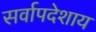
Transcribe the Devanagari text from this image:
सर्वापदेशाय